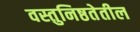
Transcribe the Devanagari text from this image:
वस्तुनिष्ठतेतील